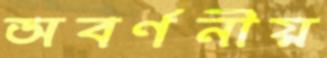
অবর্ণনীয়